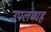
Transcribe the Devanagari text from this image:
उपलब्धह